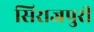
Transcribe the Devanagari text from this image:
सिराजपुरी